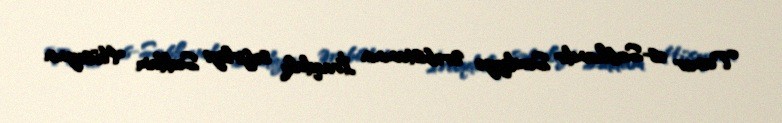
Tamer əs-Sabhandır Səudiyyə Ərəbistanının İraqdakı səfirliyi Səddam Hüseynin